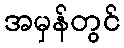
အမှန်တွင်